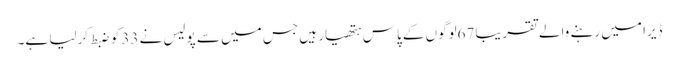
ڈیرا میں رہنے والے تقریبا67لوگوں کے پاس ہتھیار ہیں جس میں سے پولیس نے 33کو ضبط کرلیا ہے۔